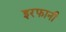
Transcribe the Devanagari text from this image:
इरफानी